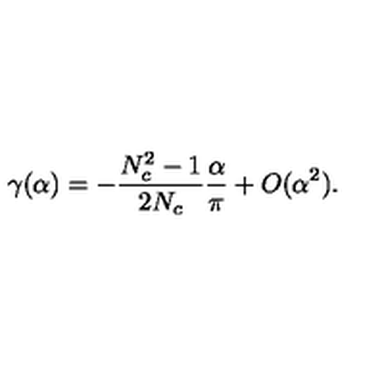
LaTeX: \gamma ( \alpha ) = - \frac { N _ { c } ^ { 2 } - 1 } { 2 N _ { c } } \frac { \alpha } { \pi } + O ( \alpha ^ { 2 } ) .